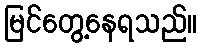
မြင်တွေ့နေရသည်။